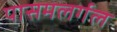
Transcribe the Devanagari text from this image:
पासमलर्गल